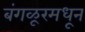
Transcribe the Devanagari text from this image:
बंगळूरमधून